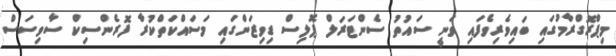
މިޕްރޮގްރާމުގައި ބައިވެރިވެފައި ވަނީ ސައުތު ސެންޓަރަލް ޕޮލިސް ޑިވިޒަންގައި މަސައްކަތްކުރާ ފޮރެންސިކް ސާވިސަސް